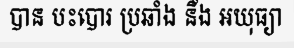
បាន បះបោរ ប្រឆាំង នឹង អយុធ្យា